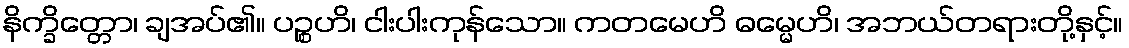
နိက္ခိတ္တော၊ ချအပ်၏။ ပဉ္စဟိ၊ ငါးပါးကုန်သော။ ကတမေဟိ ဓမ္မေဟိ၊ အဘယ်တရားတို့နှင့်။